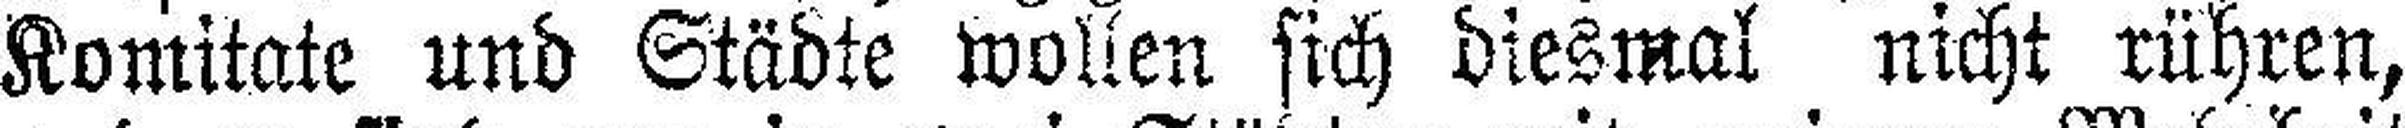
Komitate und Städte wollen sich diesmal nicht rühren,